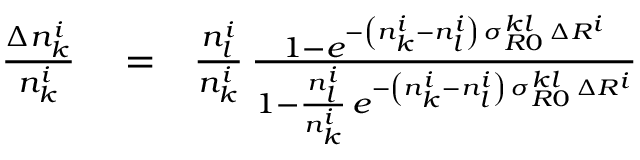
\begin{array} { r l r } { \frac { \Delta n _ { k } ^ { i } } { n _ { k } ^ { i } } } & { { } = } & { \frac { n _ { l } ^ { i } } { n _ { k } ^ { i } } \, \frac { 1 - e ^ { - \left( n _ { k } ^ { i } - n _ { l } ^ { i } \right) \, \sigma _ { R 0 } ^ { k l } \, \Delta R ^ { i } } } { 1 - \frac { n _ { l } ^ { i } } { n _ { k } ^ { i } } \, e ^ { - \left( n _ { k } ^ { i } - n _ { l } ^ { i } \right) \, \sigma _ { R 0 } ^ { k l } \, \Delta R ^ { i } } } } \end{array}